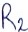
Text: R2